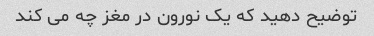
توضیح دهید که یک نورون در مغز چه می کند